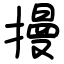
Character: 摱